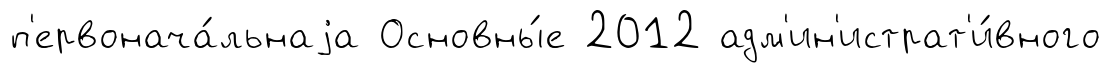
п'ервонача́льнаjа Основны́е 2012 адм'ин'истрат'и́вного